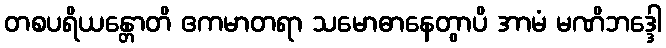
တစပရိယန္တောတိ ဧကမာတရာ သမောဓာနေတွာပိ အာမံ မဏိဘဒ္ဒေါ